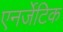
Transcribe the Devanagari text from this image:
एनर्जेटिक